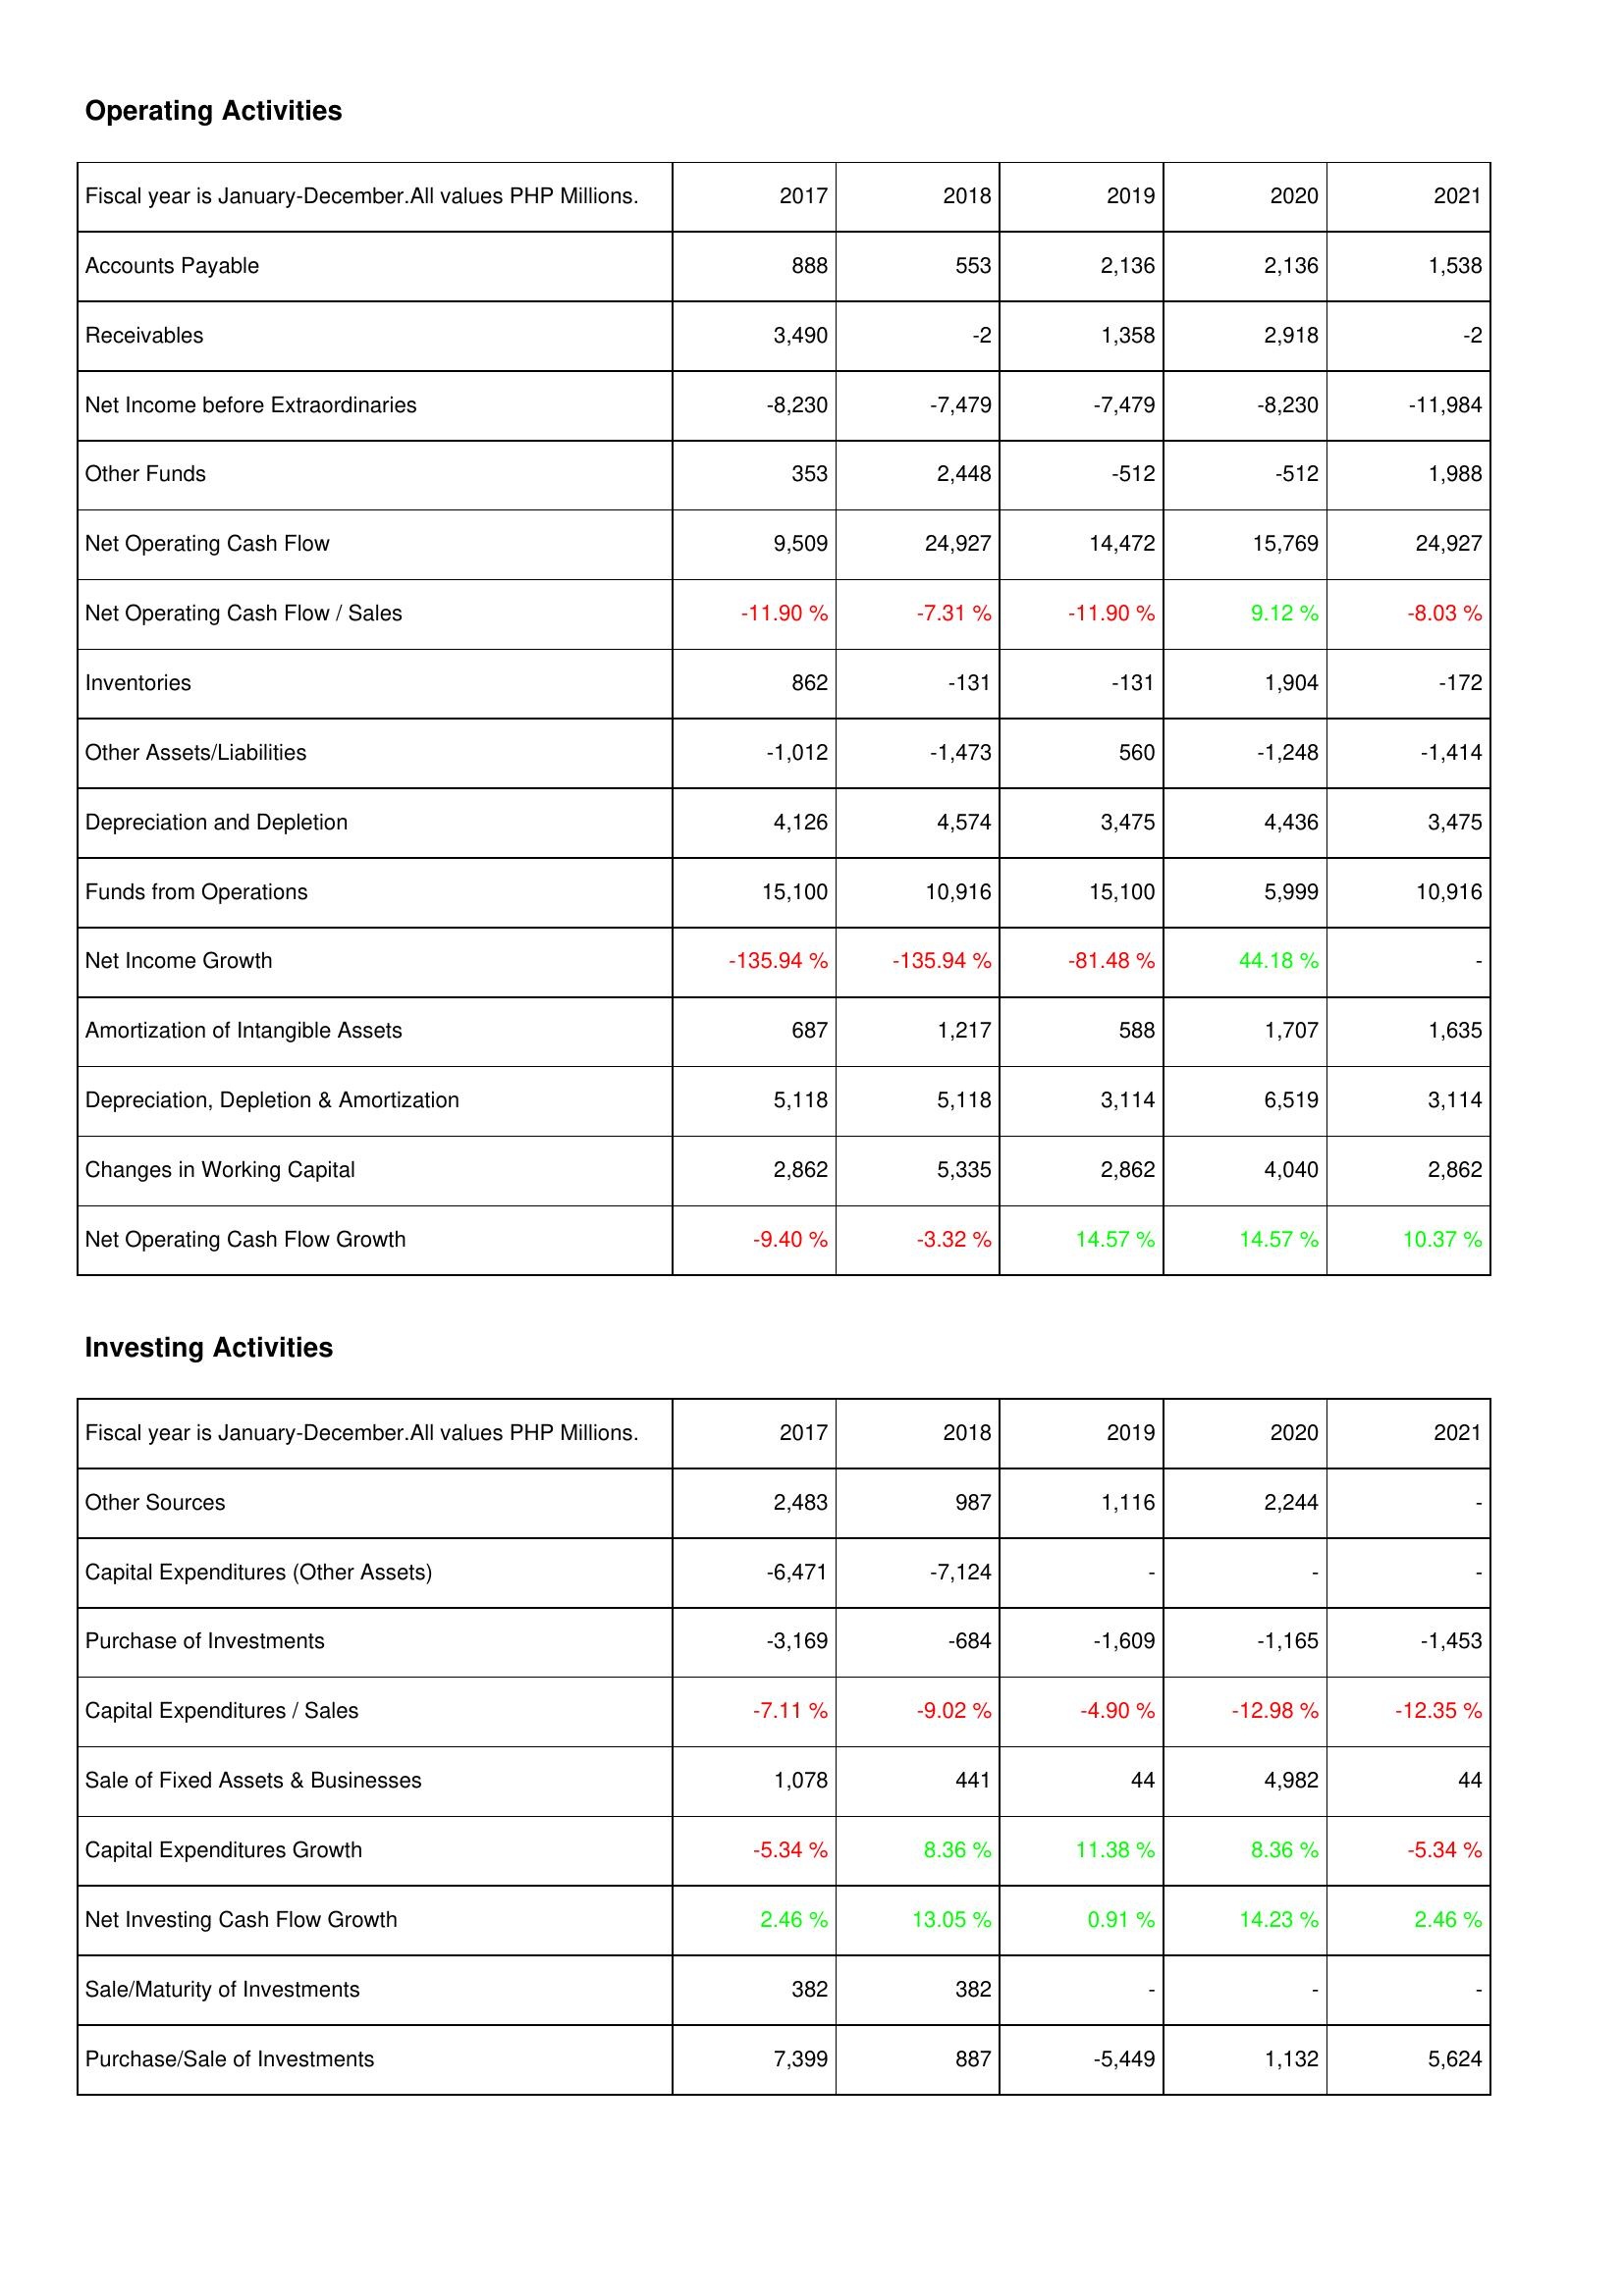
2017: Operating Activities: Accounts Payable: 888
Receivables: 3,490
Net Income before Extraordinaries: -8,230
Other Funds: 353
Net Operating Cash Flow: 9,509
Net Operating Cash Flow / Sales: -11.90 %
Inventories: 862
Other Assets/Liabilities: -1,012
Depreciation and Depletion: 4,126
Funds from Operations: 15,100
Net Income Growth: -135.94 %
Amortization of Intangible Assets: 687
Depreciation, Depletion & Amortization: 5,118
Changes in Working Capital: 2,862
Net Operating Cash Flow Growth: -9.40 %
Investing Activities: Other Sources: 2,483
Capital Expenditures (Other Assets): -6,471
Purchase of Investments: -3,169
Capital Expenditures / Sales: -7.11 %
Sale of Fixed Assets & Businesses: 1,078
Capital Expenditures Growth: -5.34 %
Net Investing Cash Flow Growth: 2.46 %
Sale/Maturity of Investments: 382
Purchase/Sale of Investments: 7,399
2018: Operating Activities: Accounts Payable: 553
Receivables: -2
Net Income before Extraordinaries: -7,479
Other Funds: 2,448
Net Operating Cash Flow: 24,927
Net Operating Cash Flow / Sales: -7.31 %
Inventories: -131
Other Assets/Liabilities: -1,473
Depreciation and Depletion: 4,574
Funds from Operations: 10,916
Net Income Growth: -135.94 %
Amortization of Intangible Assets: 1,217
Depreciation, Depletion & Amortization: 5,118
Changes in Working Capital: 5,335
Net Operating Cash Flow Growth: -3.32 %
Investing Activities: Other Sources: 987
Capital Expenditures (Other Assets): -7,124
Purchase of Investments: -684
Capital Expenditures / Sales: -9.02 %
Sale of Fixed Assets & Businesses: 441
Capital Expenditures Growth: 8.36 %
Net Investing Cash Flow Growth: 13.05 %
Sale/Maturity of Investments: 382
Purchase/Sale of Investments: 887
2019: Operating Activities: Accounts Payable: 2,136
Receivables: 1,358
Net Income before Extraordinaries: -7,479
Other Funds: -512
Net Operating Cash Flow: 14,472
Net Operating Cash Flow / Sales: -11.90 %
Inventories: -131
Other Assets/Liabilities: 560
Depreciation and Depletion: 3,475
Funds from Operations: 15,100
Net Income Growth: -81.48 %
Amortization of Intangible Assets: 588
Depreciation, Depletion & Amortization: 3,114
Changes in Working Capital: 2,862
Net Operating Cash Flow Growth: 14.57 %
Investing Activities: Other Sources: 1,116
Capital Expenditures (Other Assets): -
Purchase of Investments: -1,609
Capital Expenditures / Sales: -4.90 %
Sale of Fixed Assets & Businesses: 44
Capital Expenditures Growth: 11.38 %
Net Investing Cash Flow Growth: 0.91 %
Sale/Maturity of Investments: -
Purchase/Sale of Investments: -5,449
2020: Operating Activities: Accounts Payable: 2,136
Receivables: 2,918
Net Income before Extraordinaries: -8,230
Other Funds: -512
Net Operating Cash Flow: 15,769
Net Operating Cash Flow / Sales: 9.12 %
Inventories: 1,904
Other Assets/Liabilities: -1,248
Depreciation and Depletion: 4,436
Funds from Operations: 5,999
Net Income Growth: 44.18 %
Amortization of Intangible Assets: 1,707
Depreciation, Depletion & Amortization: 6,519
Changes in Working Capital: 4,040
Net Operating Cash Flow Growth: 14.57 %
Investing Activities: Other Sources: 2,244
Capital Expenditures (Other Assets): -
Purchase of Investments: -1,165
Capital Expenditures / Sales: -12.98 %
Sale of Fixed Assets & Businesses: 4,982
Capital Expenditures Growth: 8.36 %
Net Investing Cash Flow Growth: 14.23 %
Sale/Maturity of Investments: -
Purchase/Sale of Investments: 1,132
2021: Operating Activities: Accounts Payable: 1,538
Receivables: -2
Net Income before Extraordinaries: -11,984
Other Funds: 1,988
Net Operating Cash Flow: 24,927
Net Operating Cash Flow / Sales: -8.03 %
Inventories: -172
Other Assets/Liabilities: -1,414
Depreciation and Depletion: 3,475
Funds from Operations: 10,916
Net Income Growth: -
Amortization of Intangible Assets: 1,635
Depreciation, Depletion & Amortization: 3,114
Changes in Working Capital: 2,862
Net Operating Cash Flow Growth: 10.37 %
Investing Activities: Other Sources: -
Capital Expenditures (Other Assets): -
Purchase of Investments: -1,453
Capital Expenditures / Sales: -12.35 %
Sale of Fixed Assets & Businesses: 44
Capital Expenditures Growth: -5.34 %
Net Investing Cash Flow Growth: 2.46 %
Sale/Maturity of Investments: -
Purchase/Sale of Investments: 5,624